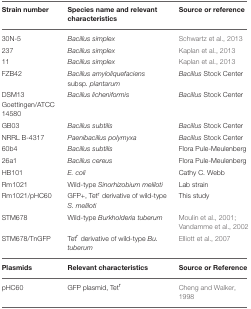
<table><thead><tr><td><b>Strain number</b></td><td><b>Species name and relevant characteristics</b></td><td><b>Source or reference</b></td></tr></thead><tbody><tr><td>30N-5</td><td><i>Bacillus simplex</i></td><td>Schwartz et al., 2013</td></tr><tr><td>237</td><td><i>Bacillus simplex</i></td><td>Kaplan et al., 2013</td></tr><tr><td>11</td><td><i>Bacillus simplex</i></td><td>Kaplan et al., 2013</td></tr><tr><td>FZB42</td><td><i>Bacillus amyloliquefaciens</i> subsp<i>. plantarum</i></td><td><i>Bacillus</i> Stock Center</td></tr><tr><td>DSM13 Goettingen/ATCC 14580</td><td><i>Bacillus licheniformis</i></td><td><i>Bacillus</i> Stock Center</td></tr><tr><td>GB03</td><td><i>Bacillus subtilis</i></td><td><i>Bacillus</i> Stock Center</td></tr><tr><td>NRRL B-4317</td><td><i>Paenibacillus polymyxa</i></td><td><i>Bacillus</i> Stock Center</td></tr><tr><td>60b4</td><td><i>Bacillus subtilis</i></td><td>Flora Pule-Meulenberg</td></tr><tr><td>26a1</td><td><i>Bacillus cereus</i></td><td>Flora Pule-Meulenberg</td></tr><tr><td>HB101</td><td><i>E. coli</i></td><td>Cathy C. Webb</td></tr><tr><td>Rm1021</td><td>Wild-type <i>Sinorhizobium meliloti</i></td><td>Lab strain</td></tr><tr><td>Rm1021/pHC60</td><td>GFP+, Tet<sup>r</sup> derivative of wild-type <i>S. meliloti</i></td><td>This study</td></tr><tr><td>STM678</td><td>Wild-type <i>Burkholderia tuberum</i></td><td>Moulin et al., 2001; Vandamme et al., 2002</td></tr><tr><td>STM678/TnGFP</td><td>Tet<sup>r</sup> derivative of wild-type <i>Bu. tuberum</i></td><td>Elliott et al., 2007</td></tr><tr><td><b>Plasmids</b></td><td><b>Relevant characteristics</b></td><td><b>Source or Reference</b></td></tr><tr><td>pHC60</td><td>GFP plasmid, Tet<sup>r</sup></td><td>Cheng and Walker, 1998</td></tr></tbody></table>